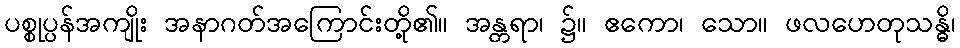
ပစ္စုပ္ပန်အကျိုး အနာဂတ်အကြောင်းတို့၏။ အန္တရာ၊ ၌။ ဧကော၊ သော။ ဖလဟေတုသန္ဓိ၊